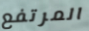
المرتفع